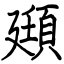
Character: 頲